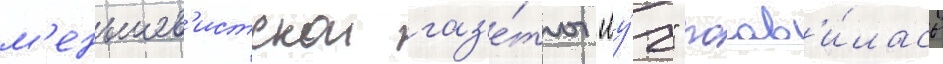
м'еньшев'истскои газ'е́ты "лу́ч" поав'и́лась